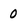
Character: 0